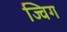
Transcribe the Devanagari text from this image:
ज्विग